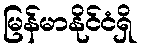
မြန်မာနိုင်ငံရှိ